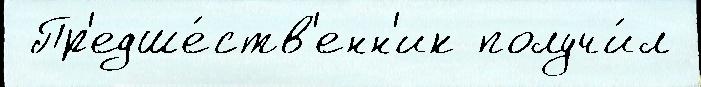
 Пр'едше́ств'енн'ик получи́л